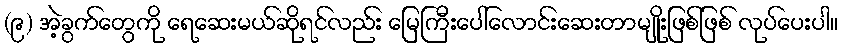
(၉) အဲ့ခွက်တွေကို ရေဆေးမယ်ဆိုရင်လည်း မြေကြီးပေါ်လောင်းဆေးတာမျိုးဖြစ်ဖြစ် လုပ်ပေးပါ။